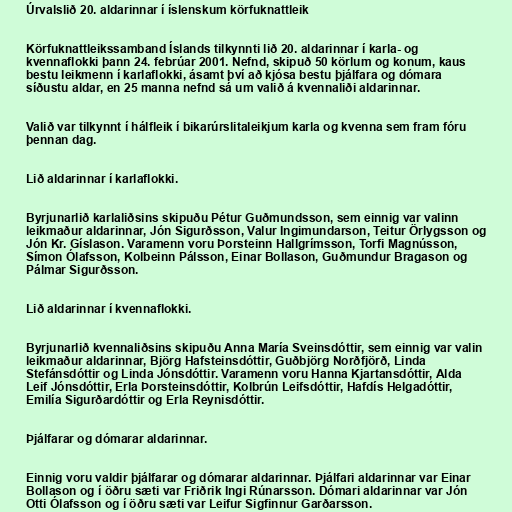
Úrvalslið 20. aldarinnar í íslenskum körfuknattleik

Körfuknattleikssamband Íslands tilkynnti lið 20. aldarinnar í karla- og
kvennaflokki þann 24. febrúar 2001. Nefnd, skipuð 50 körlum og konum, kaus
bestu leikmenn í karlaflokki, ásamt því að kjósa bestu þjálfara og dómara
síðustu aldar, en 25 manna nefnd sá um valið á kvennaliði aldarinnar.

Valið var tilkynnt í hálfleik í bikarúrslitaleikjum karla og kvenna sem fram fóru
þennan dag.

Lið aldarinnar í karlaflokki.

Byrjunarlið karlaliðsins skipuðu Pétur Guðmundsson, sem einnig var valinn
leikmaður aldarinnar, Jón Sigurðsson, Valur Ingimundarson, Teitur Örlygsson og
Jón Kr. Gíslason. Varamenn voru Þorsteinn Hallgrímsson, Torfi Magnússon,
Símon Ólafsson, Kolbeinn Pálsson, Einar Bollason, Guðmundur Bragason og
Pálmar Sigurðsson.

Lið aldarinnar í kvennaflokki.

Byrjunarlið kvennaliðsins skipuðu Anna María Sveinsdóttir, sem einnig var valin
leikmaður aldarinnar, Björg Hafsteinsdóttir, Guðbjörg Norðfjörð, Linda
Stefánsdóttir og Linda Jónsdóttir. Varamenn voru Hanna Kjartansdóttir, Alda
Leif Jónsdóttir, Erla Þorsteinsdóttir, Kolbrún Leifsdóttir, Hafdís Helgadóttir,
Emilía Sigurðardóttir og Erla Reynisdóttir.

Þjálfarar og dómarar aldarinnar.

Einnig voru valdir þjálfarar og dómarar aldarinnar. Þjálfari aldarinnar var Einar
Bollason og í öðru sæti var Friðrik Ingi Rúnarsson. Dómari aldarinnar var Jón
Otti Ólafsson og í öðru sæti var Leifur Sigfinnur Garðarsson.